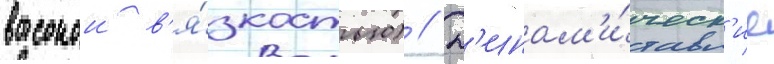
высокои в'я́зкостью) // Д'инам'и́ческ'ие